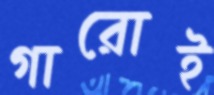
গারোই